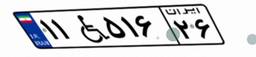
۱۱W۵۱۶۲۶